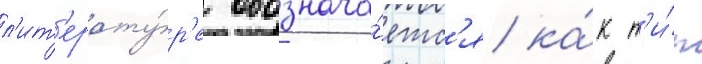
л'ит'ерату́р'е обознача́етс'я ка́к т'и́п